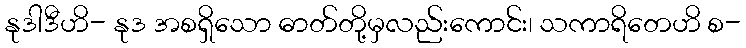
နုဒါဒီဟိ- နုဒ အစရှိသော ဓာတ်တို့မှလည်းကောင်း၊ သကာရိတေဟိ စ-